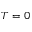
T = 0